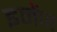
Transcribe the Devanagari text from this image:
इमेंज